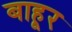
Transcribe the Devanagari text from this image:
बाहूर